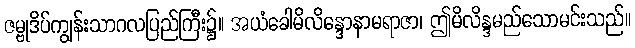
ဇမ္ဗုဒိပ်ကျွန်းသာဂလပြည်ကြီး၌။ အယံခေါမိလိန္ဒောနာမရာဇာ၊ ဤမိလိန္ဒမည်သောမင်းသည်။